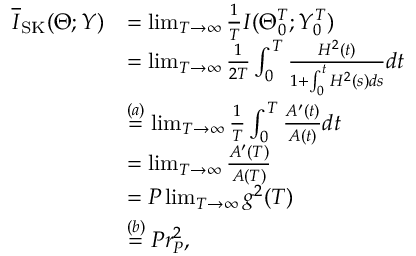
\begin{array} { r l } { \overline { { I } } _ { \mathrm { S K } } ( \Theta ; Y ) } & { = \operatorname* { l i m } _ { T \to \infty } \frac { 1 } { T } I ( \Theta _ { 0 } ^ { T } ; Y _ { 0 } ^ { T } ) } \\ & { = \operatorname* { l i m } _ { T \to \infty } \frac { 1 } { 2 T } \int _ { 0 } ^ { T } \frac { H ^ { 2 } ( t ) } { 1 + \int _ { 0 } ^ { t } H ^ { 2 } ( s ) d s } d t } \\ & { \overset { ( a ) } { = } \operatorname* { l i m } _ { T \to \infty } \frac { 1 } { T } \int _ { 0 } ^ { T } \frac { A ^ { \prime } ( t ) } { A ( t ) } d t } \\ & { = \operatorname* { l i m } _ { T \to \infty } \frac { A ^ { \prime } ( T ) } { A ( T ) } } \\ & { = P \operatorname* { l i m } _ { T \to \infty } g ^ { 2 } ( T ) } \\ & { \overset { ( b ) } { = } P r _ { P } ^ { 2 } , } \end{array}